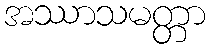
အဿာသမတ္တာ